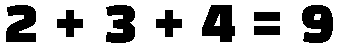
2 + 3 + 4 = 9